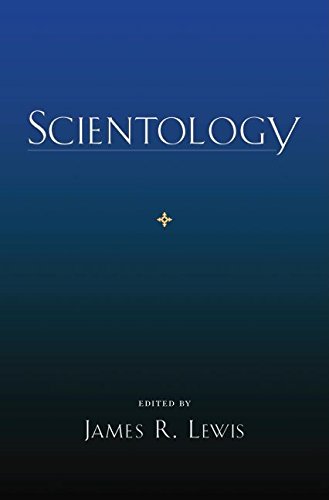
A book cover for Scientology; James R. Lewis; Religion & Spirituality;